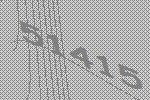
51415